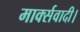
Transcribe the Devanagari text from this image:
मार्क्सवादी।